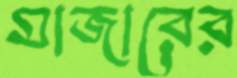
মাজারের